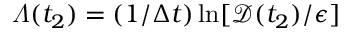
\varLambda ( t _ { 2 } ) = ( 1 / \Delta t ) \ln [ \mathscr { D } ( t _ { 2 } ) / \epsilon ]